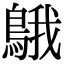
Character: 䳘